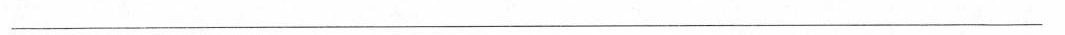
___